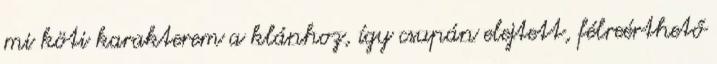
mi köti karakterem a klánhoz, így csupán elejtett, félreérthető